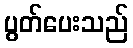
ပွတ်ပေးသည်